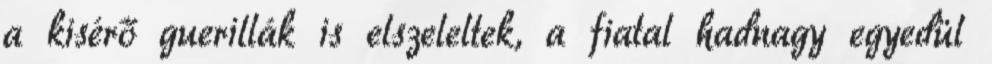
a kisérő guerillák is elszeleltek, a fiatal hadnagy egyedül